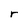
Character: r